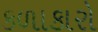
કળાકારો